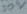
Text: 50V